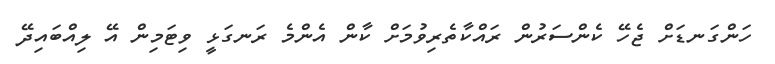
ހަންގަނޑަށް ޖެހޭ ކެންސަރުން ރައްކާތެރިވުމަށް ކާން އެންމެ ރަނގަޅީ ވިޓަމިން އޭ ލިއްބައިދޭ